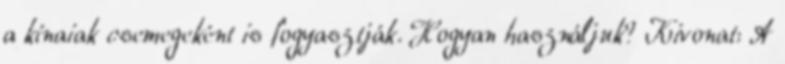
a kínaiak csemegeként is fogyasztják. Hogyan használjuk? Kivonat: A